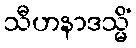
သီဟနာဒသ္မိံ